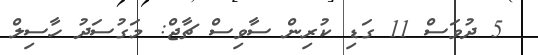
5 ދުވަސް 11 ގަޑި ކުރިން ސާވިސް ޗާޖް: މަގުސަދު ހާސިލް